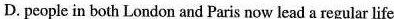
D.people in both London and Paris now lead a regular life